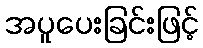
အပူပေးခြင်းဖြင့်